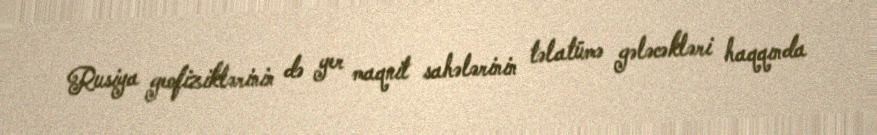
Rusiya geofiziklərinin də yer maqnit sahələrinin təlatümə gələcəkləri haqqında